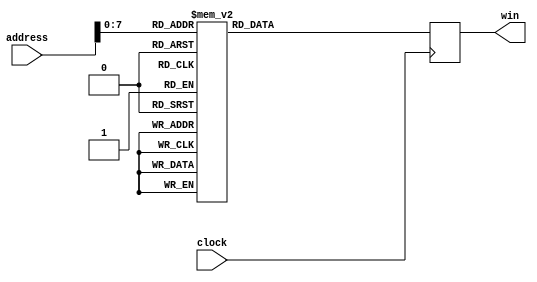
module win_lookup(clock, address, win);
input clock;
input [11:0] address;
output [17:0] win;
reg signed [17:0] win;
always@(posedge clock)
begin
    case(address[7:0])
12'd0: win = 18'd0;
12'd1: win = 18'd20;
12'd2: win = 18'd79;
12'd3: win = 18'd178;
12'd4: win = 18'd316;
12'd5: win = 18'd493;
12'd6: win = 18'd709;
12'd7: win = 18'd965;
12'd8: win = 18'd1259;
12'd9: win = 18'd1592;
12'd10: win = 18'd1964;
12'd11: win = 18'd2374;
12'd12: win = 18'd2822;
12'd13: win = 18'd3308;
12'd14: win = 18'd3831;
12'd15: win = 18'd4391;
12'd16: win = 18'd4989;
12'd17: win = 18'd5622;
12'd18: win = 18'd6292;
12'd19: win = 18'd6998;
12'd20: win = 18'd7738;
12'd21: win = 18'd8514;
12'd22: win = 18'd9324;
12'd23: win = 18'd10168;
12'd24: win = 18'd11045;
12'd25: win = 18'd11955;
12'd26: win = 18'd12897;
12'd27: win = 18'd13871;
12'd28: win = 18'd14876;
12'd29: win = 18'd15912;
12'd30: win = 18'd16977;
12'd31: win = 18'd18072;
12'd32: win = 18'd19195;
12'd33: win = 18'd20346;
12'd34: win = 18'd21525;
12'd35: win = 18'd22730;
12'd36: win = 18'd23960;
12'd37: win = 18'd25216;
12'd38: win = 18'd26496;
12'd39: win = 18'd27800;
12'd40: win = 18'd29126;
12'd41: win = 18'd30474;
12'd42: win = 18'd31844;
12'd43: win = 18'd33233;
12'd44: win = 18'd34643;
12'd45: win = 18'd36070;
12'd46: win = 18'd37516;
12'd47: win = 18'd38978;
12'd48: win = 18'd40456;
12'd49: win = 18'd41950;
12'd50: win = 18'd43458;
12'd51: win = 18'd44979;
12'd52: win = 18'd46512;
12'd53: win = 18'd48057;
12'd54: win = 18'd49612;
12'd55: win = 18'd51177;
12'd56: win = 18'd52751;
12'd57: win = 18'd54332;
12'd58: win = 18'd55920;
12'd59: win = 18'd57514;
12'd60: win = 18'd59112;
12'd61: win = 18'd60715;
12'd62: win = 18'd62320;
12'd63: win = 18'd63928;
12'd64: win = 18'd65536;
12'd65: win = 18'd67144;
12'd66: win = 18'd68752;
12'd67: win = 18'd70357;
12'd68: win = 18'd71960;
12'd69: win = 18'd73558;
12'd70: win = 18'd75152;
12'd71: win = 18'd76740;
12'd72: win = 18'd78321;
12'd73: win = 18'd79895;
12'd74: win = 18'd81460;
12'd75: win = 18'd83015;
12'd76: win = 18'd84560;
12'd77: win = 18'd86093;
12'd78: win = 18'd87614;
12'd79: win = 18'd89122;
12'd80: win = 18'd90616;
12'd81: win = 18'd92094;
12'd82: win = 18'd93556;
12'd83: win = 18'd95002;
12'd84: win = 18'd96429;
12'd85: win = 18'd97839;
12'd86: win = 18'd99228;
12'd87: win = 18'd100598;
12'd88: win = 18'd101946;
12'd89: win = 18'd103272;
12'd90: win = 18'd104576;
12'd91: win = 18'd105856;
12'd92: win = 18'd107112;
12'd93: win = 18'd108342;
12'd94: win = 18'd109547;
12'd95: win = 18'd110726;
12'd96: win = 18'd111877;
12'd97: win = 18'd113000;
12'd98: win = 18'd114095;
12'd99: win = 18'd115160;
12'd100: win = 18'd116196;
12'd101: win = 18'd117201;
12'd102: win = 18'd118175;
12'd103: win = 18'd119117;
12'd104: win = 18'd120027;
12'd105: win = 18'd120904;
12'd106: win = 18'd121748;
12'd107: win = 18'd122558;
12'd108: win = 18'd123334;
12'd109: win = 18'd124074;
12'd110: win = 18'd124780;
12'd111: win = 18'd125450;
12'd112: win = 18'd126083;
12'd113: win = 18'd126681;
12'd114: win = 18'd127241;
12'd115: win = 18'd127764;
12'd116: win = 18'd128250;
12'd117: win = 18'd128698;
12'd118: win = 18'd129108;
12'd119: win = 18'd129480;
12'd120: win = 18'd129813;
12'd121: win = 18'd130107;
12'd122: win = 18'd130363;
12'd123: win = 18'd130579;
12'd124: win = 18'd130756;
12'd125: win = 18'd130894;
12'd126: win = 18'd130993;
12'd127: win = 18'd131052;
12'd128: win = 18'd131072;
12'd129: win = 18'd131052;
12'd130: win = 18'd130993;
12'd131: win = 18'd130894;
12'd132: win = 18'd130756;
12'd133: win = 18'd130579;
12'd134: win = 18'd130363;
12'd135: win = 18'd130107;
12'd136: win = 18'd129813;
12'd137: win = 18'd129480;
12'd138: win = 18'd129108;
12'd139: win = 18'd128698;
12'd140: win = 18'd128250;
12'd141: win = 18'd127764;
12'd142: win = 18'd127241;
12'd143: win = 18'd126681;
12'd144: win = 18'd126083;
12'd145: win = 18'd125450;
12'd146: win = 18'd124780;
12'd147: win = 18'd124074;
12'd148: win = 18'd123334;
12'd149: win = 18'd122558;
12'd150: win = 18'd121748;
12'd151: win = 18'd120904;
12'd152: win = 18'd120027;
12'd153: win = 18'd119117;
12'd154: win = 18'd118175;
12'd155: win = 18'd117201;
12'd156: win = 18'd116196;
12'd157: win = 18'd115160;
12'd158: win = 18'd114095;
12'd159: win = 18'd113000;
12'd160: win = 18'd111877;
12'd161: win = 18'd110726;
12'd162: win = 18'd109547;
12'd163: win = 18'd108342;
12'd164: win = 18'd107112;
12'd165: win = 18'd105856;
12'd166: win = 18'd104576;
12'd167: win = 18'd103272;
12'd168: win = 18'd101946;
12'd169: win = 18'd100598;
12'd170: win = 18'd99228;
12'd171: win = 18'd97839;
12'd172: win = 18'd96429;
12'd173: win = 18'd95002;
12'd174: win = 18'd93556;
12'd175: win = 18'd92094;
12'd176: win = 18'd90616;
12'd177: win = 18'd89122;
12'd178: win = 18'd87614;
12'd179: win = 18'd86093;
12'd180: win = 18'd84560;
12'd181: win = 18'd83015;
12'd182: win = 18'd81460;
12'd183: win = 18'd79895;
12'd184: win = 18'd78321;
12'd185: win = 18'd76740;
12'd186: win = 18'd75152;
12'd187: win = 18'd73558;
12'd188: win = 18'd71960;
12'd189: win = 18'd70357;
12'd190: win = 18'd68752;
12'd191: win = 18'd67144;
12'd192: win = 18'd65536;
12'd193: win = 18'd63928;
12'd194: win = 18'd62320;
12'd195: win = 18'd60715;
12'd196: win = 18'd59112;
12'd197: win = 18'd57514;
12'd198: win = 18'd55920;
12'd199: win = 18'd54332;
12'd200: win = 18'd52751;
12'd201: win = 18'd51177;
12'd202: win = 18'd49612;
12'd203: win = 18'd48057;
12'd204: win = 18'd46512;
12'd205: win = 18'd44979;
12'd206: win = 18'd43458;
12'd207: win = 18'd41950;
12'd208: win = 18'd40456;
12'd209: win = 18'd38978;
12'd210: win = 18'd37516;
12'd211: win = 18'd36070;
12'd212: win = 18'd34643;
12'd213: win = 18'd33233;
12'd214: win = 18'd31844;
12'd215: win = 18'd30474;
12'd216: win = 18'd29126;
12'd217: win = 18'd27800;
12'd218: win = 18'd26496;
12'd219: win = 18'd25216;
12'd220: win = 18'd23960;
12'd221: win = 18'd22730;
12'd222: win = 18'd21525;
12'd223: win = 18'd20346;
12'd224: win = 18'd19195;
12'd225: win = 18'd18072;
12'd226: win = 18'd16977;
12'd227: win = 18'd15912;
12'd228: win = 18'd14876;
12'd229: win = 18'd13871;
12'd230: win = 18'd12897;
12'd231: win = 18'd11955;
12'd232: win = 18'd11045;
12'd233: win = 18'd10168;
12'd234: win = 18'd9324;
12'd235: win = 18'd8514;
12'd236: win = 18'd7738;
12'd237: win = 18'd6998;
12'd238: win = 18'd6292;
12'd239: win = 18'd5622;
12'd240: win = 18'd4989;
12'd241: win = 18'd4391;
12'd242: win = 18'd3831;
12'd243: win = 18'd3308;
12'd244: win = 18'd2822;
12'd245: win = 18'd2374;
12'd246: win = 18'd1964;
12'd247: win = 18'd1592;
12'd248: win = 18'd1259;
12'd249: win = 18'd965;
12'd250: win = 18'd709;
12'd251: win = 18'd493;
12'd252: win = 18'd316;
12'd253: win = 18'd178;
12'd254: win = 18'd79;
12'd255: win = 18'd20;

	endcase
end
endmodule